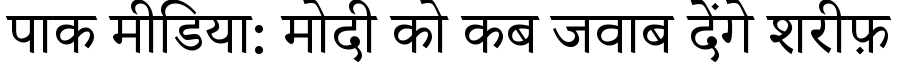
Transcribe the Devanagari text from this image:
पाक मीडिया: मोदी को कब जवाब देंगे शरीफ़